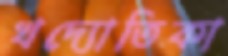
খদ্যোতিকা